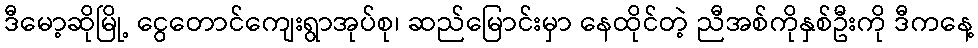
ဒီမော့ဆိုမြို့ ငွေတောင်ကျေးရွာအုပ်စု၊ ဆည်မြောင်းမှာ နေထိုင်တဲ့ ညီအစ်ကိုနှစ်ဦးကို ဒီကနေ့